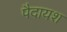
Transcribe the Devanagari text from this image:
पैदायश